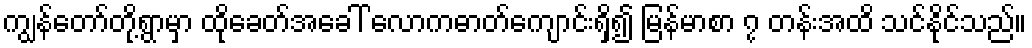
ကျွန်တော်တို့ရွာမှာ ထိုခေတ်အခေါ် လောကဓာတ်ကျောင်းရှိ၍ မြန်မာစာ ၇ တန်းအထိ သင်နိုင်သည်။